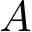
A